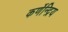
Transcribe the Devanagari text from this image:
कर्णेन्द्रिय